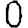
Digit: 0